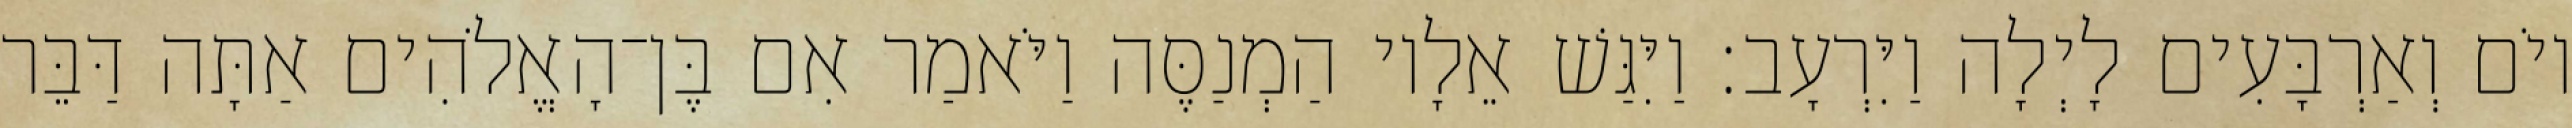
יוֹם וְאַרְבָּעִים לָיְלָה וַיִּרְעָב׃ וַיִּגַּשׁ אֵלָיו הַמְנַסֶּה וַיֹּאמַר אִם בֶּן־הָאֱלֹהִים אַתָּה דַּבֵּר